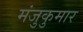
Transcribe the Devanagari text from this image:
मंजुकुमार